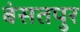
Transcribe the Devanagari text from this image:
बंसतपुर